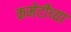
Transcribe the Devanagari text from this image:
कमेटीच्या